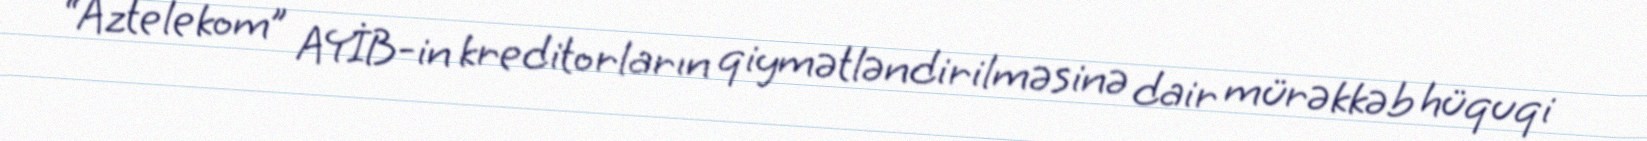
“Aztelekom” AYİB-in kreditorların qiymətləndirilməsinə dair mürəkkəb hüquqi